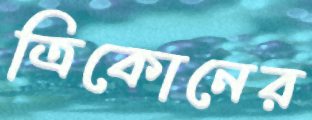
ত্রিকোনের